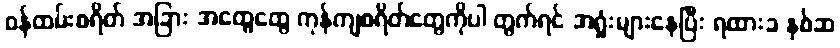
၀န်ထမ်းစရိတ် အခြား အထွေထွေ ကုန်ကျစရိတ်တွေကိုပါ တွက်ရင် အရှုံးများနေပြီး ရထားခ နှစ်ဆ